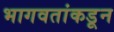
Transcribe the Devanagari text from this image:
भागवतांकडून